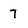
Character: 7